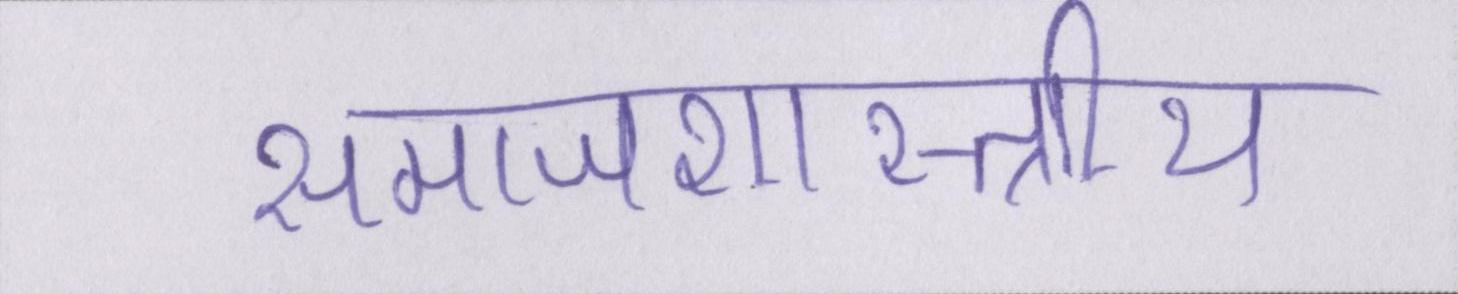
समाजशास्त्राीय